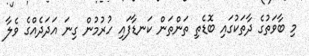
މި ބާވަތުގެ ދާތަކުގައި ބޮޑެތި ތަންތަން ކަނޑާފައި ހުރުމުން ގިނަ އަދަދެއްގެ ވެލާ